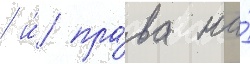
/ и́ пра́ва на́